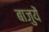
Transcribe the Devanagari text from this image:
बाजुयें